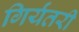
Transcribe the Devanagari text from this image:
गिर्यंतरी